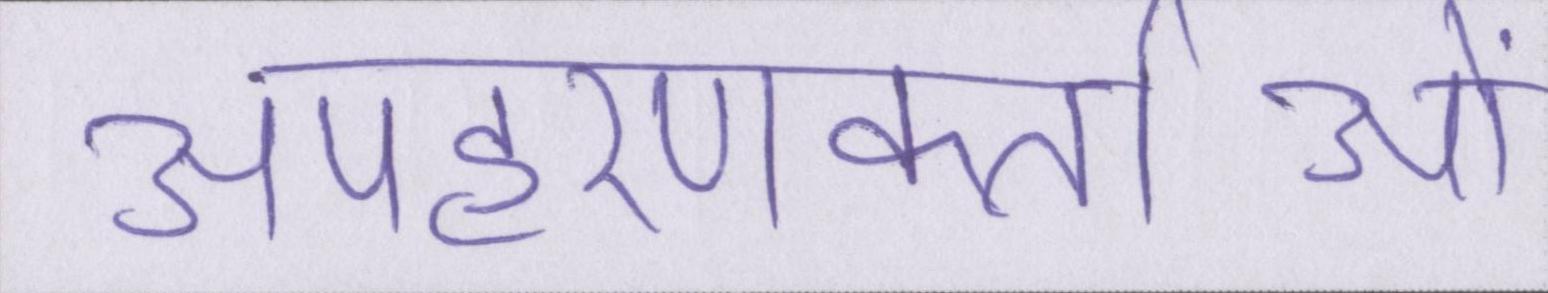
अपहरणकर्ताओं